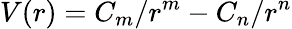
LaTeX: V(r)=C_{m}/r^{m}-C_{n}/r^{n}